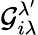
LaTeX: \mathcal{G}_{i\lambda}^{\lambda^{\prime}}